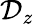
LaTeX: \mathcal{D}_{z}